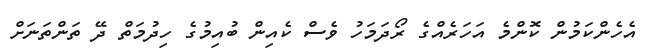
އެހެންކަމުން ކޮންމެ އަހަރެއްގެ ރޯދަމަހު ވެސް ކެއިން ބުއިމުގެ ހިދުމަތް ދޭ ތަންތަނަށް